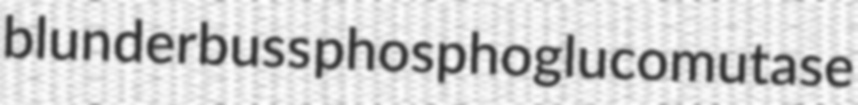
blunderbuss phosphoglucomutase